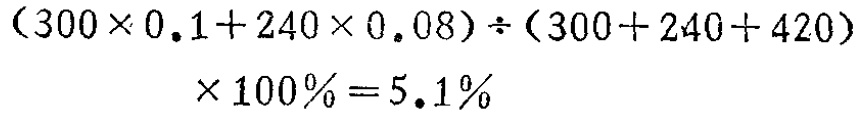
\[(300\times 0.1 + 240\times 0.08)\div(300 + 240 + 420)\times 100\% = 5.1\%\]